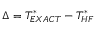
\Delta = T _ { E X A C T } ^ { * } - T _ { H F } ^ { * }